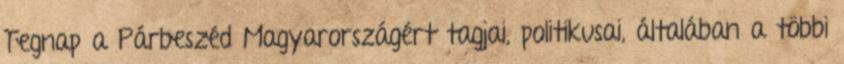
Tegnap a Párbeszéd Magyarországért tagjai, politikusai, általában a többi